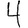
Digit: 4